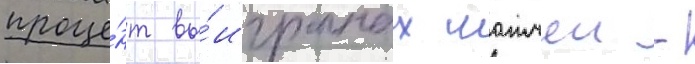
проце́нт вы́игранных матчеи -